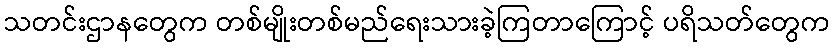
သတင်းဌာနတွေက တစ်မျိုးတစ်မည်ရေးသားခဲ့ကြတာကြောင့် ပရိသတ်တွေက